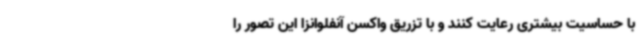
با حساسیت بیشتری رعایت کنند و با تزریق واکسن آنفلوانزا این تصور را